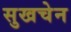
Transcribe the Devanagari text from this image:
सुखचेन